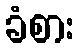
ခံစား